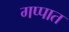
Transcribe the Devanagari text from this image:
गप्पात